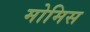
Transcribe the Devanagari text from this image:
मोमिस